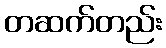
တဆက်တည်း